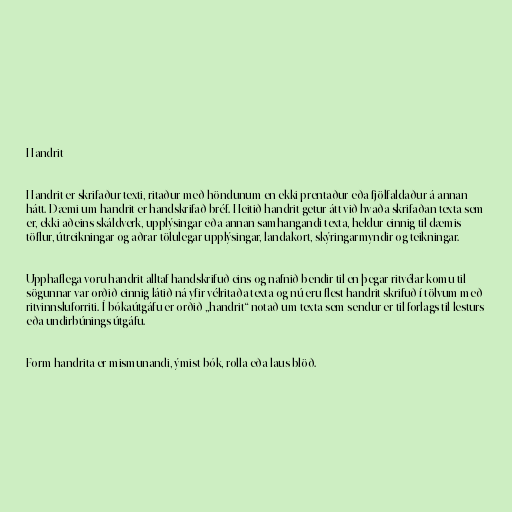
Handrit

Handrit er skrifaður texti, ritaður með höndunum en ekki prentaður eða fjölfaldaður á annan
hátt. Dæmi um handrit er handskrifað bréf. Heitið handrit getur átt við hvaða skrifaðan texta sem
er, ekki aðeins skáldverk, upplýsingar eða annan samhangandi texta, heldur einnig til dæmis
töflur, útreikningar og aðrar tölulegar upplýsingar, landakort, skýringarmyndir og teikningar.

Upphaflega voru handrit alltaf handskrifuð eins og nafnið bendir til en þegar ritvélar komu til
sögunnar var orðið einnig látið ná yfir vélritaða texta og nú eru flest handrit skrifuð í tölvum með
ritvinnsluforriti. Í bókaútgáfu er orðið „handrit“ notað um texta sem sendur er til forlags til lesturs
eða undirbúnings útgáfu.

Form handrita er mismunandi, ýmist bók, rolla eða laus blöð.